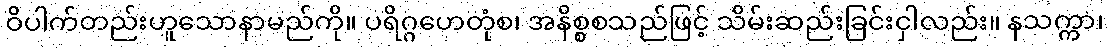
ဝိပါက်တည်းဟူသောနာမည်ကို။ ပရိဂ္ဂဟေတုံစ၊ အနိစ္စစသည်ဖြင့် သိမ်းဆည်းခြင်းငှါလည်း။ နသက္ကာ၊